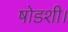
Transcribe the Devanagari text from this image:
षोडशी।